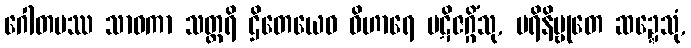
ဂေါတမဿ သာဝကာ သတ္ထရိ ဌိတေယေဝ ဝိဟာရေ ပဋိဇဂ္ဂိံသု, ပရိနိဗ္ဗုတေ ဆဍ္ဍေသုံ,